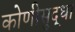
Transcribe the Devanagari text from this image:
कोणीसुद्धा